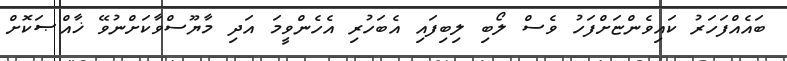
ބައެއްފަހަރު ކައިވެންޏަށްފަހު ވެސް ލޯބި ލިބިފައި އެބަހުރި އެހެންވީމަ އަދި މާޔޫސްވާކަށްނުވޭ ޚާއްޞަކޮށް